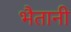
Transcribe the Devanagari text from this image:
भैतानी